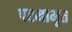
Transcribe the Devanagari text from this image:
परमामृत